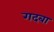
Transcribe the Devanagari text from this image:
गदबा